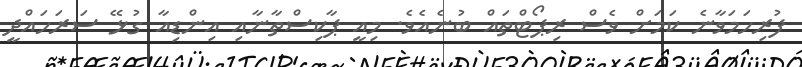
ފުރިހަމަވާނެ ކަމަށް ވެސް ރިޕޯޓްތައް ބުނެއެވެ. މިއީ ޕާކިސްތާނާއި އިންޑިއާ ގުޅޭ ސަރަހައްދީ